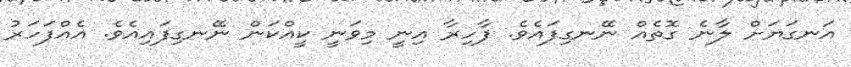
އަނގަޔަށް ލާނެ ގޮތެއް ނޭނގިފައެވެ. ފާހިރާ އިނީ މިވަނީ ކީއްކަން ނޭނގިފައިއެވެ. އެއްފަހަރު